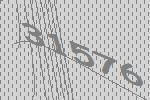
31576